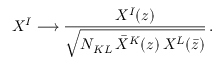
X ^ { I } \longrightarrow { \frac { X ^ { I } ( z ) } { \sqrt { N _ { K L } \, \bar { X } ^ { K } ( z ) \, X { } ^ { L } ( \bar { z } ) } } } \, .